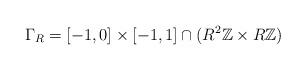
LaTeX: \begin{align*}\Gamma_R= [-1,0]\times[-1,1]\cap(R^2\mathbb{Z}\times R\mathbb{Z})\end{align*}